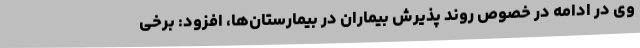
وی در ادامه در خصوص روند پذیرش بیماران در بیمارستان‌ها، افزود: برخی